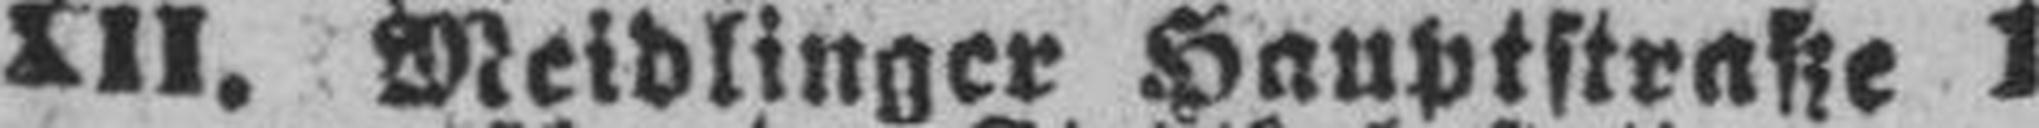
XII. Meidlinger Hauptstraße 1